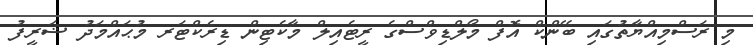
މި ރަސްމިއްޔާތުގައި ބޭންކް އޮފް މޯލްޑިވްސްގެ ރީޓެއިލް މާކެޓިން ޑިރެކްޓަރ މުޙައްމަދު ޝަރީފު